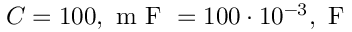
C = 1 0 0 , \mathrm { ~ m ~ F ~ } = 1 0 0 \cdot 1 0 ^ { - 3 } , \mathrm { ~ F ~ }